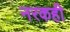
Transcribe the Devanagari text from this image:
नरकही